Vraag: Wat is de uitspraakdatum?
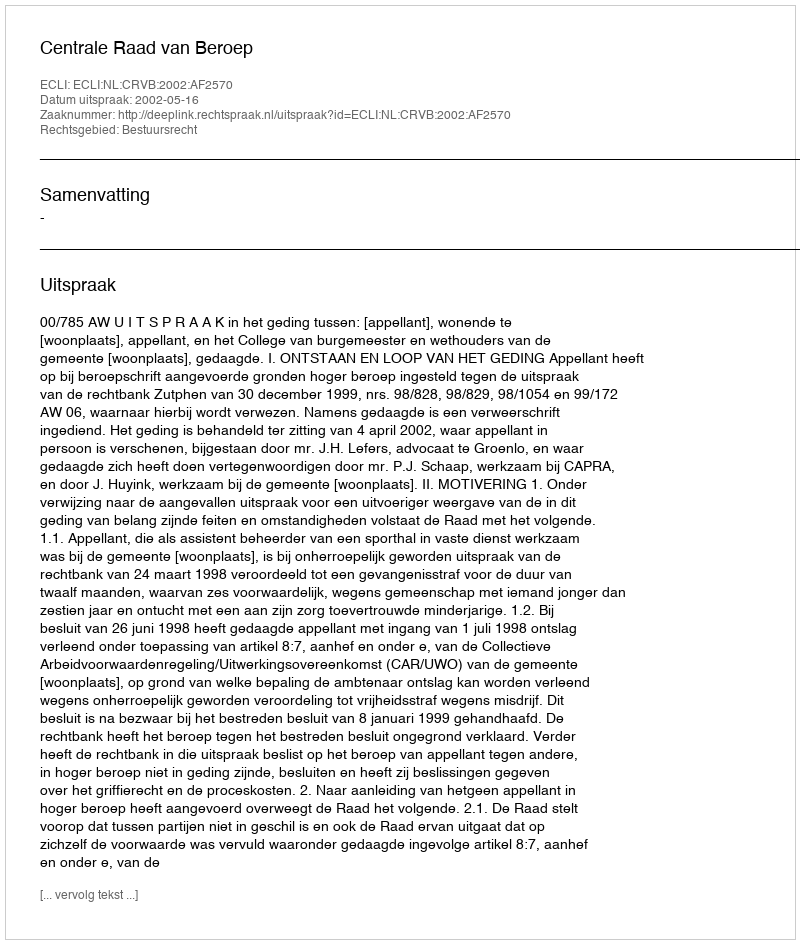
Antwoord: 2002-05-16